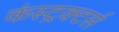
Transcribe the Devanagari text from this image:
कंस्ट्रक्टर्स